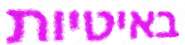
באיטיות